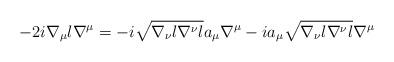
LaTeX: \begin{align*}-2i\nabla_{\mu}l\nabla^{\mu} = -i\sqrt{\nabla_{\nu}l\nabla^{\nu}l} a_{\mu}\nabla^{\mu} -ia_{\mu}\sqrt{\nabla_{\nu}l\nabla^{\nu}l}\nabla^{\mu}\end{align*}